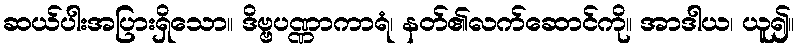
ဆယ်ပါးအပြားရှိသော။ ဒိဗ္ဗပဏ္ဏာကာရံ၊ နတ်၏လက်ဆောင်ကို။ အာဒါယ၊ ယူ၍။